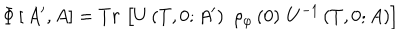
\Phi \left[ \, A ^ { \prime } , A \right] = T r \, \left[ U \left( T , 0 ; A ^ { \prime } \right) \, \, \rho _ { \varphi } \left( 0 \right) \, U ^ { - 1 } \left( T , 0 ; A \right) \right]